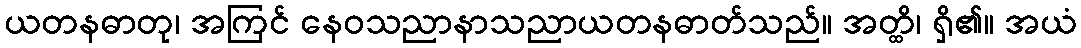
ယတနဓာတု၊ အကြင် နေဝသညာနာသညာယတနဓာတ်သည်။ အတ္ထိ၊ ရှိ၏။ အယံ